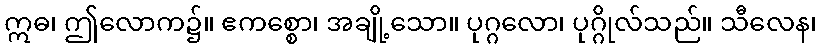
ဣဓ၊ ဤလောက၌။ ဧကစ္စော၊ အချို့သော။ ပုဂ္ဂလော၊ ပုဂ္ဂိုလ်သည်။ သီလေန၊